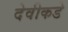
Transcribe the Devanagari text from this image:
देवीकडे